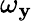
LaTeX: \omega_{\mathbf{y}}